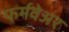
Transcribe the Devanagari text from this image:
फर्मवेअर